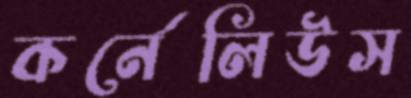
কর্নেলিউস